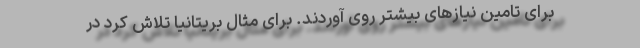
برای تامین نیازهای بیشتر روی آوردند. برای مثال بریتانیا تلاش کرد در